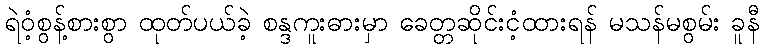
ရဲဝံ့စွန့်စားစွာ ထုတ်ပယ်ခဲ့ စန္ဒကူးဓားမှာ ခေတ္တဆိုင်းငံ့ထားရန် မသန်မစွမ်း ခူနီ